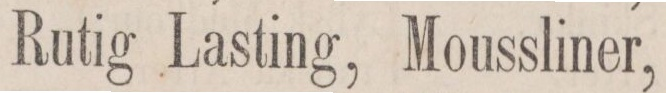
Rutig Lasting,    Moussliner,